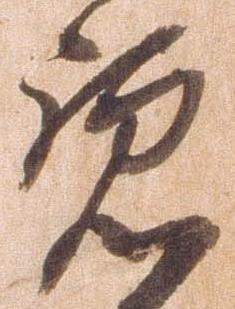
覧